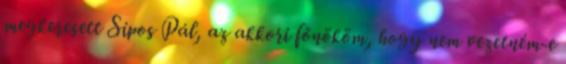
megkeresett Sipos Pál, az akkori főnököm, hogy nem vezetném-e